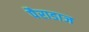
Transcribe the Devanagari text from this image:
पैराडाज